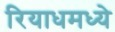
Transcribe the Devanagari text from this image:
रियाधमध्ये